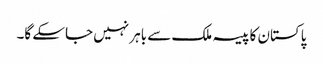
پاکستان کا پیسہ ملک سے باہر نہیں جاسکے گا۔